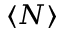
\langle N \rangle